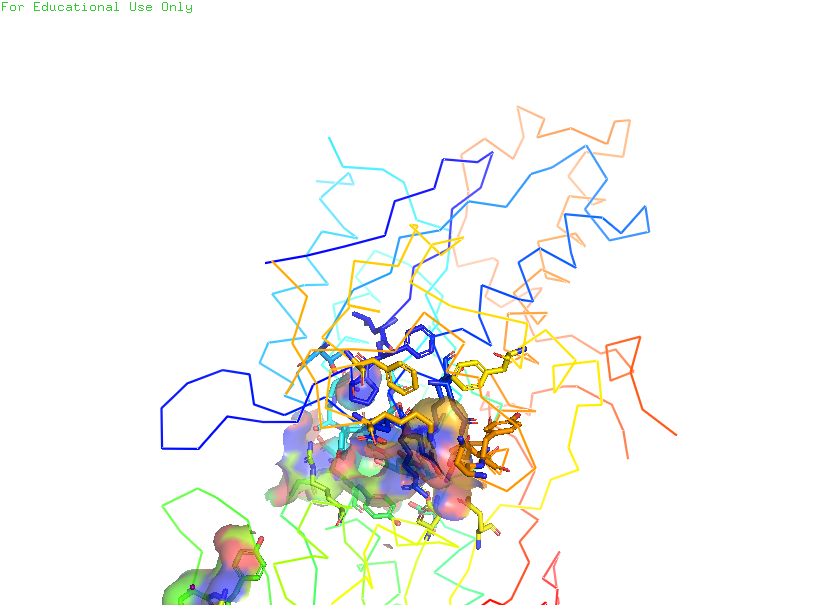
pymol, preset, ligand_sites_trans